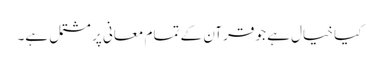
کیا خیال ہے جو قرآن کے تمام معانی پر مشتمل ہے۔